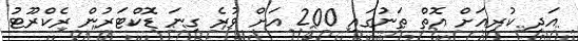
އަދި ކުރިއަށް އޮތް ތަނުގައި 200 އަށް ވުރެ ގިނަ ޑޮކްޓަރުން ރެކްރޫޓު